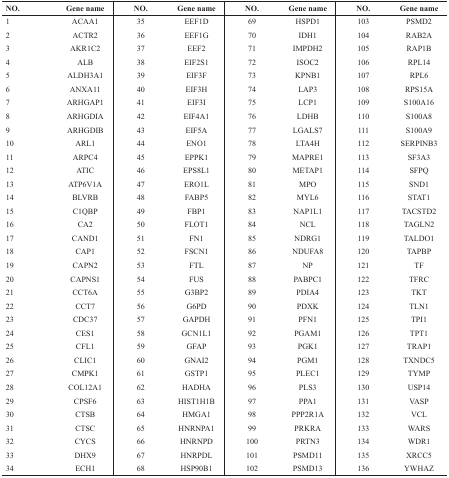
<table><thead><tr><td><b>NO.</b></td><td><b>Gene name</b></td><td><b>NO.</b></td><td><b>Gene name</b></td><td><b>NO.</b></td><td><b>Gene name</b></td><td><b>NO.</b></td><td><b>Gene name</b></td></tr></thead><tbody><tr><td>1</td><td>ACAA1</td><td>35</td><td>EEF1D</td><td>69</td><td>HSPD1</td><td>103</td><td>PSMD2</td></tr><tr><td>2</td><td>ACTR2</td><td>36</td><td>EEF1G</td><td>70</td><td>IDH1</td><td>104</td><td>RAB2A</td></tr><tr><td>3</td><td>AKR1C2</td><td>37</td><td>EEF2</td><td>71</td><td>IMPDH2</td><td>105</td><td>RAP1B</td></tr><tr><td>4</td><td>ALB</td><td>38</td><td>EIF2S1</td><td>72</td><td>ISOC2</td><td>106</td><td>RPL14</td></tr><tr><td>5</td><td>ALDH3A1</td><td>39</td><td>EIF3F</td><td>73</td><td>KPNB1</td><td>107</td><td>RPL6</td></tr><tr><td>6</td><td>ANXA11</td><td>40</td><td>EIF3H</td><td>74</td><td>LAP3</td><td>108</td><td>RPS15A</td></tr><tr><td>7</td><td>ARHGAP1</td><td>41</td><td>EIF3I</td><td>75</td><td>LCP1</td><td>109</td><td>S100A16</td></tr><tr><td>8</td><td>ARHGDIA</td><td>42</td><td>EIF4A1</td><td>76</td><td>LDHB</td><td>110</td><td>S100A8</td></tr><tr><td>9</td><td>ARHGDIB</td><td>43</td><td>EIF5A</td><td>77</td><td>LGALS7</td><td>111</td><td>S100A9</td></tr><tr><td>10</td><td>ARL1</td><td>44</td><td>ENO1</td><td>78</td><td>LTA4H</td><td>112</td><td>SERPINB3</td></tr><tr><td>11</td><td>ARPC4</td><td>45</td><td>EPPK1</td><td>79</td><td>MAPRE1</td><td>113</td><td>SF3A3</td></tr><tr><td>12</td><td>ATIC</td><td>46</td><td>EPS8L1</td><td>80</td><td>METAP1</td><td>114</td><td>SFPQ</td></tr><tr><td>13</td><td>ATP6V1A</td><td>47</td><td>ERO1L</td><td>81</td><td>MPO</td><td>115</td><td>SND1</td></tr><tr><td>14</td><td>BLVRB</td><td>48</td><td>FABP5</td><td>82</td><td>MYL6</td><td>116</td><td>STAT1</td></tr><tr><td>15</td><td>C1QBP</td><td>49</td><td>FBP1</td><td>83</td><td>NAP1L1</td><td>117</td><td>TACSTD2</td></tr><tr><td>16</td><td>CA2</td><td>50</td><td>FLOT1</td><td>84</td><td>NCL</td><td>118</td><td>TAGLN2</td></tr><tr><td>17</td><td>CAND1</td><td>51</td><td>FN1</td><td>85</td><td>NDRG1</td><td>119</td><td>TALDO1</td></tr><tr><td>18</td><td>CAP1</td><td>52</td><td>FSCN1</td><td>86</td><td>NDUFA8</td><td>120</td><td>TAPBP</td></tr><tr><td>19</td><td>CAPN2</td><td>53</td><td>FTL</td><td>87</td><td>NP</td><td>121</td><td>TF</td></tr><tr><td>20</td><td>CAPNS1</td><td>54</td><td>FUS</td><td>88</td><td>PABPC1</td><td>122</td><td>TFRC</td></tr><tr><td>21</td><td>CCT6A</td><td>55</td><td>G3BP2</td><td>89</td><td>PDIA4</td><td>123</td><td>TKT</td></tr><tr><td>22</td><td>CCT7</td><td>56</td><td>G6PD</td><td>90</td><td>PDXK</td><td>124</td><td>TLN1</td></tr><tr><td>23</td><td>CDC37</td><td>57</td><td>GAPDH</td><td>91</td><td>PFN1</td><td>125</td><td>TPI1</td></tr><tr><td>24</td><td>CES1</td><td>58</td><td>GCN1L1</td><td>92</td><td>PGAM1</td><td>126</td><td>TPT1</td></tr><tr><td>25</td><td>CFL1</td><td>59</td><td>GFAP</td><td>93</td><td>PGK1</td><td>127</td><td>TRAP1</td></tr><tr><td>26</td><td>CLIC1</td><td>60</td><td>GNAI2</td><td>94</td><td>PGM1</td><td>128</td><td>TXNDC5</td></tr><tr><td>27</td><td>CMPK1</td><td>61</td><td>GSTP1</td><td>95</td><td>PLEC1</td><td>129</td><td>TYMP</td></tr><tr><td>28</td><td>COL12A1</td><td>62</td><td>HADHA</td><td>96</td><td>PLS3</td><td>130</td><td>USP14</td></tr><tr><td>29</td><td>CPSF6</td><td>63</td><td>HIST1H1B</td><td>97</td><td>PPA1</td><td>131</td><td>VASP</td></tr><tr><td>30</td><td>CTSB</td><td>64</td><td>HMGA1</td><td>98</td><td>PPP2R1A</td><td>132</td><td>VCL</td></tr><tr><td>31</td><td>CTSC</td><td>65</td><td>HNRNPA1</td><td>99</td><td>PRKRA</td><td>133</td><td>WARS</td></tr><tr><td>32</td><td>CYCS</td><td>66</td><td>HNRNPD</td><td>100</td><td>PRTN3</td><td>134</td><td>WDR1</td></tr><tr><td>33</td><td>DHX9</td><td>67</td><td>HNRPDL</td><td>101</td><td>PSMD11</td><td>135</td><td>XRCC5</td></tr><tr><td>34</td><td>ECH1</td><td>68</td><td>HSP90B1</td><td>102</td><td>PSMD13</td><td>136</td><td>YWHAZ</td></tr></tbody></table>